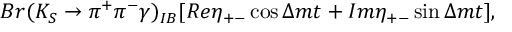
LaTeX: B r ( K _ { S } \rightarrow \pi ^ { + } \pi ^ { - } \gamma ) _ { I B } [ R e \eta _ { + - } \cos { \Delta m t } + I m \eta _ { + - } \sin { \Delta m t } ] ,